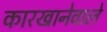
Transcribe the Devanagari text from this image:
कारखानेवाले